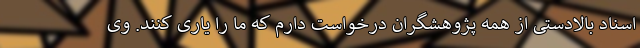
اسناد بالادستی از همه پژوهشگران درخواست دارم که ما را یاری کنند. وی